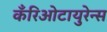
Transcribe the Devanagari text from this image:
कँरिओटायुरेन्स